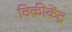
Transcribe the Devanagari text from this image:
विक्रीकेंद्र